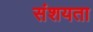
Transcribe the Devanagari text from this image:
संशयता